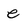
Character: e